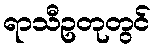
ရာသီဥတုတွင်